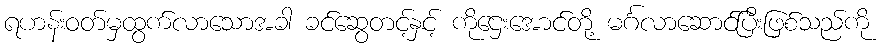
ရဟန်းဝတ်မှထွက်လာသောအခါ ခင်ဆွေတင့်နှင့် ကိုဌေးအောင်တို့ မင်္ဂလာဆောင်ပြီးဖြစ်သည်ကို